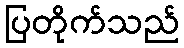
ပြတိုက်သည်